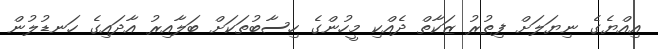
އިއްޔެގެ ނިޔަަލަށް ފިތުުރު ޒަކާތް ދެއްކި މީހުންގެ ހިސާބުތަކަށް ބަލާއިރު އާދައިގެ ހަނޑުލުން